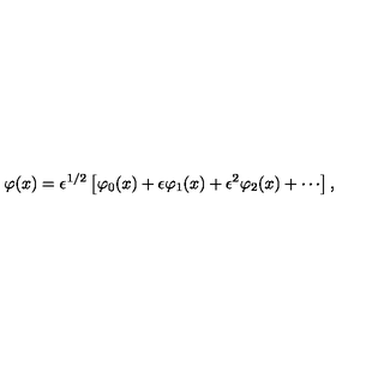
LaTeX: \varphi ( x ) = \epsilon ^ { 1 / 2 } \left\lbrack \varphi _ { 0 } ( x ) + \epsilon \varphi _ { 1 } ( x ) + \epsilon ^ { 2 } \varphi _ { 2 } ( x ) + \cdots \right\rbrack ,